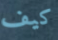
كيف